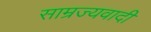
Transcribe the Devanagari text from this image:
साम्रज्यवादी